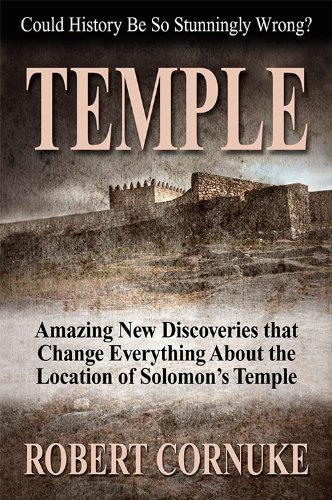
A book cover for TEMPLE: Amazing New Discoveries That Change Everything About the Location of Solomon's Temple; Robert Cornuke; History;